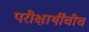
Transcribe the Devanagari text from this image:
परीक्षार्थींचीच